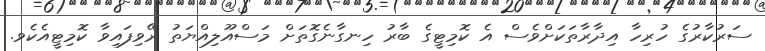
ސަރުކާރުގެ ހުރިހާ އިދާރާތަކަށްވެސް އެ ކޮމިޓީގެ ބާރު ހިނގާނެގޮތަށް މަސްއޫލިއްޔަތު ރޭވިފައިވާ ކޮމިޓީއެކެވ.